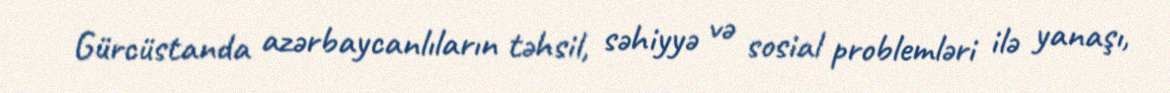
Gürcüstanda azərbaycanlıların təhsil, səhiyyə və sosial problemləri ilə yanaşı,